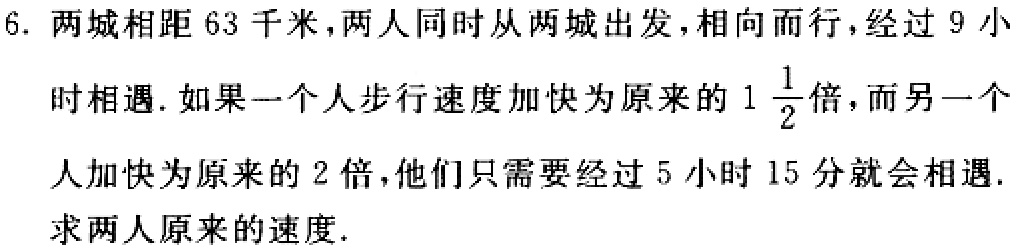
6. 两城相距$63$千米，两人同时从两城出发，相向而行，经过$9$小时相遇. 如果一个人步行速度加快为原来的$1\frac{1}{2}$倍，而另一个人加快为原来的$2$倍，他们只需要经过$5$小时$15$分就会相遇. 求两人原来的速度.